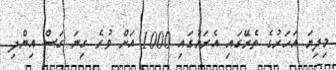
މިދިޔަ އަހަރުގެ ތެރޭގައި އެރަށުގައި 1000 އަށް ވުރެ ގިނަ ގަސް އިންދި